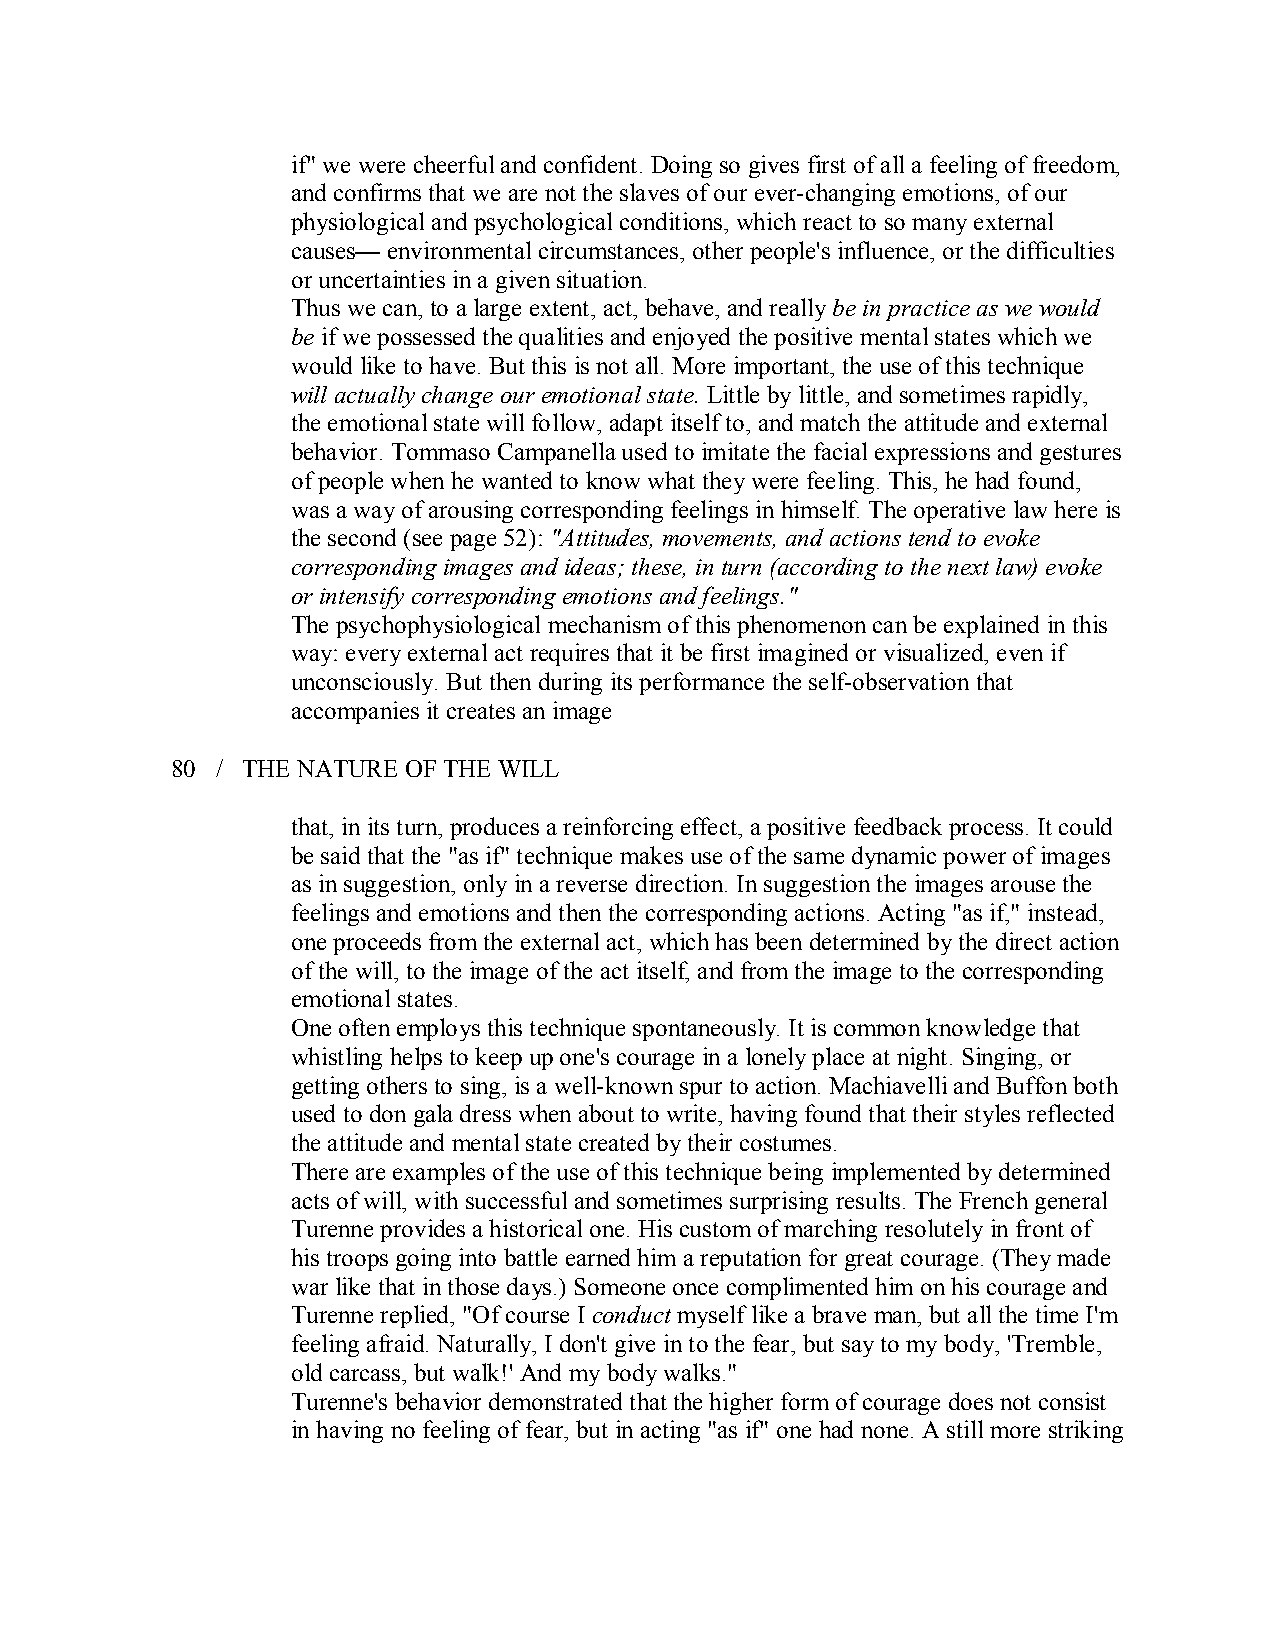
if" we were cheerful and confident. Doing so gives first of all a feeling of freedom,
 and confirms that we are not the slaves of our ever­changing emotions, of our
 physiological and psychological conditions, which react to so many external
 causes— environmental circumstances, other people's influence, or the difficulties
 or uncertainties in a givensituation.
 Thus we can, to a large extent, act, behave, and reallybe in practice as we would
 be if we possessed the qualities and enjoyed the positive mental states which we
 would like to have. But this is not all. More important, the use of this technique
 will actually change our emotional state. Little by little, and sometimes rapidly,
 the emotional state will follow, adapt itself to, and match the attitude and external
 behavior. Tommaso Campanella used to imitate the facial expressions and gestures
 of people when he wanted to know what they were feeling. This, he had found,
 was a way of arousing corresponding feelings in himself. The operative law here is
 the second (see page 52): "Attitudes, movements, and actions tend to evoke
 corresponding images and ideas; these, in turn (according to the next law) evoke
 or intensify corresponding emotions andfeelings."
 The psychophysiological mechanism of this phenomenon can be explained in this
 way: every external act requires that it be first imagined or visualized, even if
 unconsciously. But then during its performance the self­observation that
 accompanies it creates an image
 80 / THE NATURE OF THE WILL
 that, in its turn, produces a reinforcing effect, a positive feedback process. It could
 be said that the "as if" technique makes use of the same dynamic power of images
 as in suggestion, only in a reverse direction. In suggestion the images arouse the
 feelings and emotions and then the corresponding actions. Acting "as if," instead,
 one proceeds from the external act, which has been determined by the direct action
 of the will, to the image of the act itself, and from the image to the corresponding
 emotional states.
 One often employs this technique spontaneously. It is common knowledge that
 whistling helps to keep up one's courage in a lonely place at night. Singing, or
 getting others to sing, is a well­known spur to action. Machiavelli and Buffon both
 used to don gala dress when about to write, having found that their styles reflected
 the attitude and mental state created by their costumes.
 There are examples of the use of this technique being implemented by determined
 acts of will, with successful and sometimes surprising results. The French general
 Turenne provides a historical one. His custom of marching resolutely in front of
 his troops going into battle earned him a reputation for great courage. (They made
 war like that in those days.) Someone once complimented him on his courage and
 Turenne replied, "Of course I conductmyself like a brave man, but all the time I'm
 feeling afraid. Naturally, I don't give in to the fear, but say to my body, 'Tremble,
 old carcass, but walk!' And my body walks."
 Turenne's behavior demonstrated that the higher form of courage does not consist
 in having no feeling of fear, but in acting "as if" one had none. A still more striking